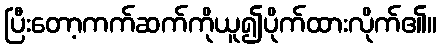
ပြီးတော့ကက်ဆက်ကိုယူ၍ပိုက်ထားလိုက်၏။